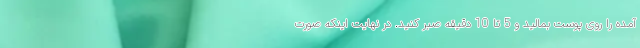
آمده را روی پوست بمالید و 5 تا 10 دقیقه صبر کنید. در نهایت اینکه صورت